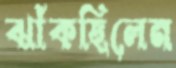
ঝাঁকছিলেন